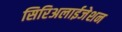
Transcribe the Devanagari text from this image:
सिरिअलाईजेशन